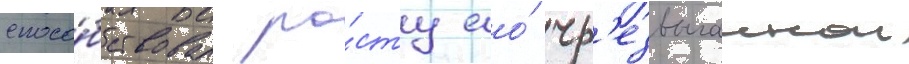
спосо́бствовал ро́сту ео́ чр'езвычаинои